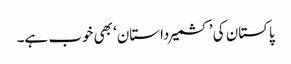
پاکستان کی ’کشمیرداستان‘ بھی خوب ہے۔